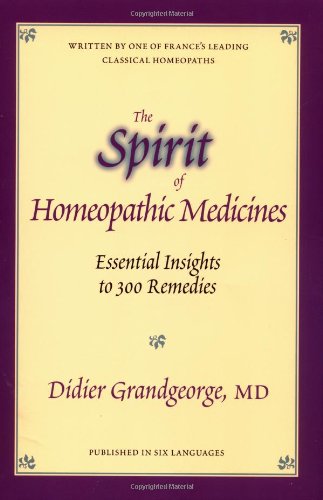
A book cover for Spirit of Homeopathic Medicines: Essential Insights to 300 Remedies; Didier Grandgeorge; Health, Fitness & Dieting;